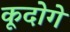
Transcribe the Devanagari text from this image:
कूदोगे